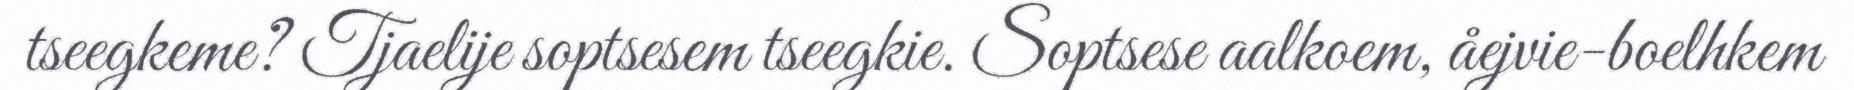
tseegkeme? Tjaelije soptsesem tseegkie. Soptsese aalkoem, åejvie-boelhkem